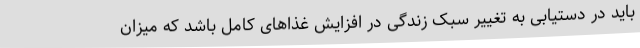
باید در دستیابی به تغییر سبک زندگی در افزایش غذاهای کامل باشد که میزان